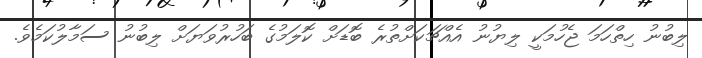
ލިބުނު ހިތްހަމަ ޖެހުމަކީ ލިޔުނު އެއްޗަކަށްތުރެ ބޮޑަށް ކޮލަމުގެ ބަހުރުވަޔަށް ލިބުނު ސަމާލުކަމެވެ.